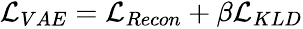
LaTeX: \begin{array}{r}{\mathcal{L}_{VAE}=\mathcal{L}_{Recon}+\beta\mathcal{L}_{KLD}}\end{array}